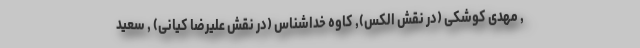
, مهدی کوشکی (در نقش الکس), کاوه خداشناس (در نقش علیرضا کیانی) , سعید